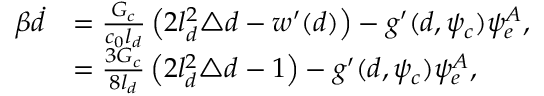
\begin{array} { r l } { \beta \dot { d } } & { = \frac { G _ { c } } { c _ { 0 } l _ { d } } \left( 2 l _ { d } ^ { 2 } \triangle { d } - w ^ { \prime } ( d ) \right) - g ^ { \prime } ( d , \psi _ { c } ) \psi _ { e } ^ { A } , } \\ & { = \frac { 3 G _ { c } } { 8 l _ { d } } \left( 2 l _ { d } ^ { 2 } \triangle { d } - 1 \right) - g ^ { \prime } ( d , \psi _ { c } ) \psi _ { e } ^ { A } , } \end{array}